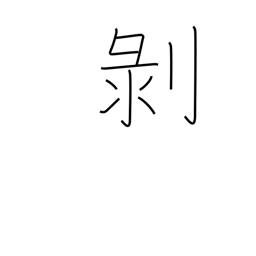
Meaning: peel